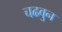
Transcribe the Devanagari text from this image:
चढवुन